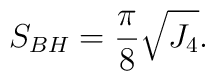
S_{BH}={\pi\over 8}\sqrt{J_4}.